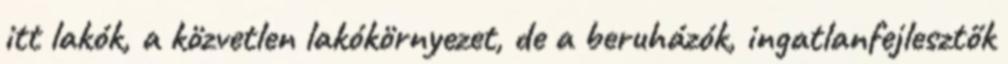
itt lakók, a közvetlen lakókörnyezet, de a beruházók, ingatlanfejlesztők